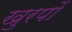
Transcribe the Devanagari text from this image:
खुरपों